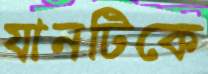
যানটিকে